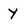
Character: y